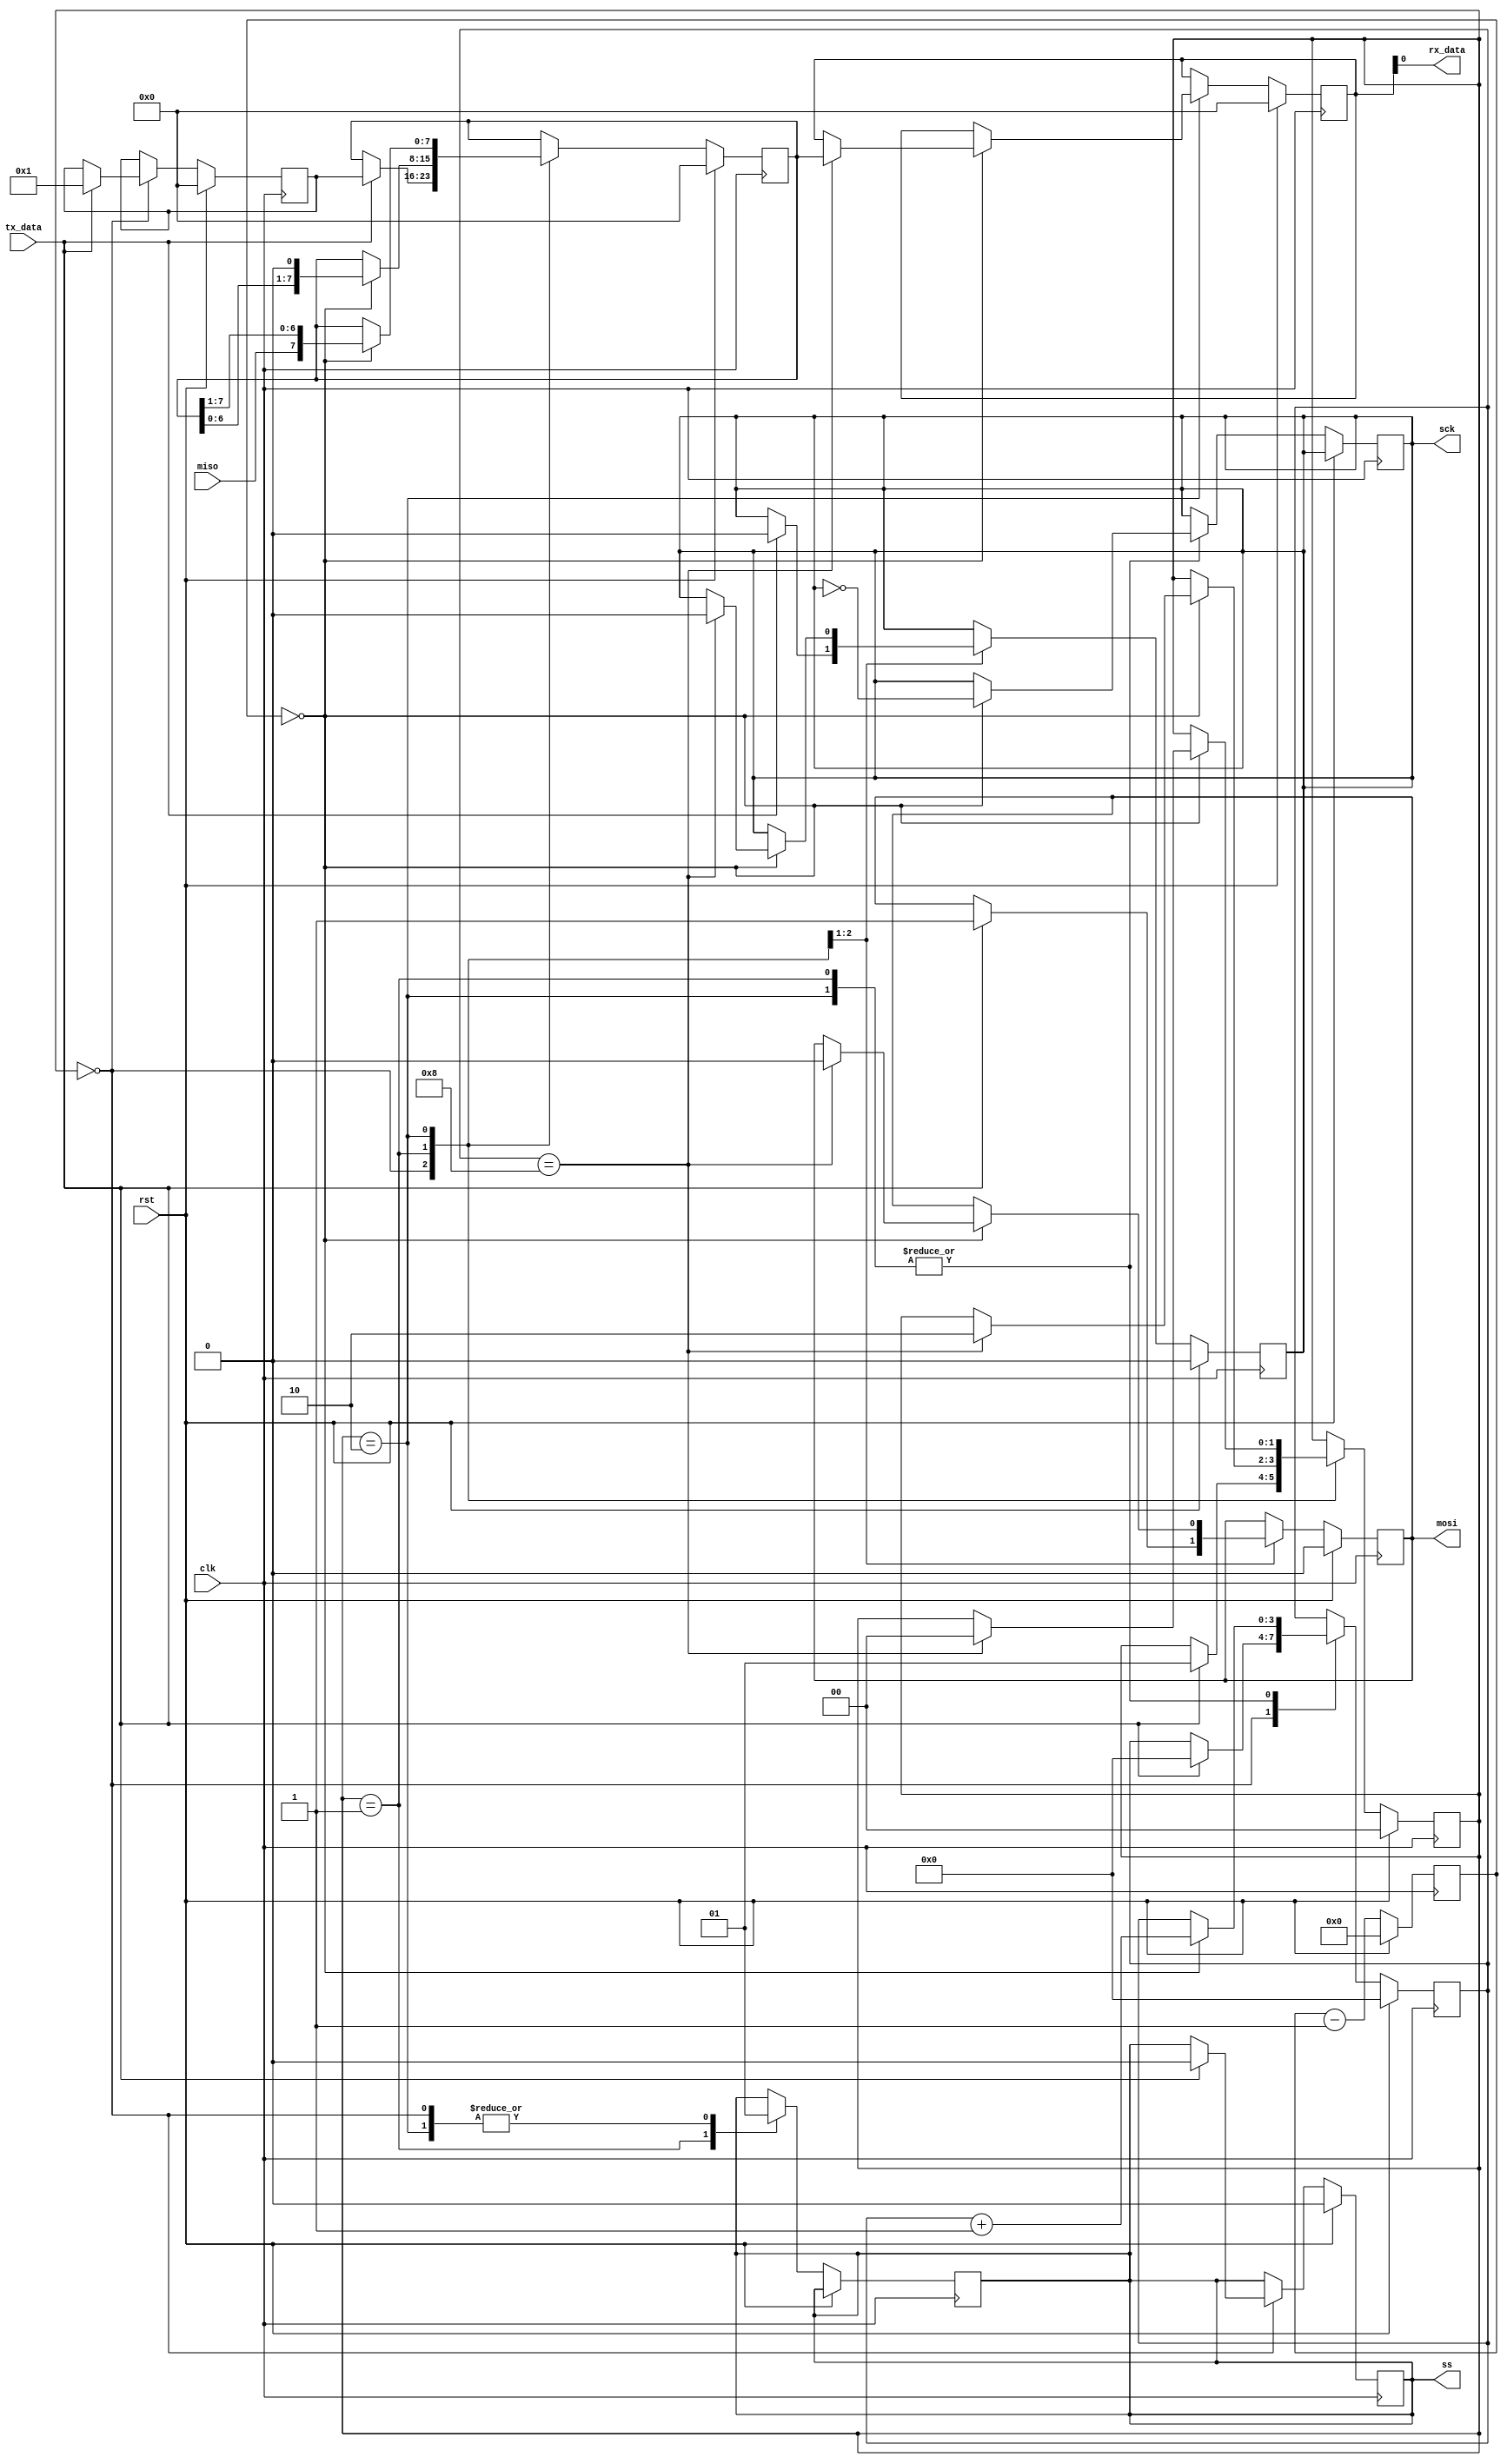
module spi_master (
    input wire clk,
    input wire rst,
    input wire tx_data,
    output reg rx_data,
    output reg ss,
    output reg sck,
    output reg mosi,
    input wire miso
);

// State machine states
parameter IDLE = 2'b00;
parameter TRANSMIT = 2'b01;
parameter RECEIVE = 2'b10;

// State register
reg [1:0] state;

// Data registers
reg [7:0] tx_data_reg;
reg [7:0] rx_data_reg;

// Control signals
reg ss_en;
reg sck_en;
reg mosi_en;

// Shift register
reg [7:0] shift_reg;
reg [3:0] shift_count;

// Clock divider
reg [15:0] div_counter;

// State machine
always @ (posedge clk) begin
    if (rst) begin
        state <= IDLE;
        tx_data_reg <= 8'b00000000;
        rx_data_reg <= 8'b00000000;
        ss_en <= 1'b0;
        sck_en <= 1'b0;
        mosi_en <= 1'b0;
        shift_reg <= 8'b00000000;
        shift_count <= 4'b0000;
        div_counter <= 16'd0;
    end else begin
        case (state)
            IDLE: begin
                ss <= 1'b1;
                if (tx_data) begin
                    state <= TRANSMIT;
                    tx_data_reg <= tx_data;
                    ss_en <= 1'b0;
                    sck_en <= 1'b0;
                    mosi_en <= 1'b1;
                    shift_reg <= tx_data_reg;
                    shift_count <= 4'b0000;
                end
            end
            TRANSMIT: begin
                ss <= 1'b0;
                if (div_counter == 16'd0) begin
                    sck <= ~sck;
                    div_counter <= 16'd15;
                    shift_reg <= shift_reg << 1;
                    shift_count <= shift_count + 1;
                    if (shift_count == 4'b1000) begin
                        state <= RECEIVE;
                        sck_en <= 1'b0;
                        mosi_en <= 1'b0;
                    end
                end
            end
            RECEIVE: begin
                ss <= 1'b1;
                if (div_counter == 16'd0) begin
                    sck <= ~sck;
                    div_counter <= 16'd15;
                    shift_reg <= {miso, shift_reg[7:1]};
                    shift_count <= shift_count + 1;
                    if (shift_count == 4'b1000) begin
                        rx_data_reg <= shift_reg;
                        state <= IDLE;
                    end
                end
            end
        endcase
        div_counter <= div_counter - 1;
    end
end

// Assign outputs
assign rx_data = rx_data_reg;
assign ss = ss_en;
assign sck = sck_en;
assign mosi = mosi_en;

endmodule